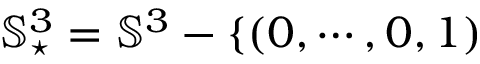
{ \mathbb S } _ { \star } ^ { 3 } = { \mathbb S } ^ { 3 } - \{ ( 0 , \cdots , 0 , 1 )